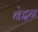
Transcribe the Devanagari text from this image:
बेद्दन